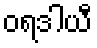
ဝရဒါယီ